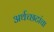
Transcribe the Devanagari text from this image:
अर्थच्‍छटांचा